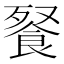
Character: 䬸